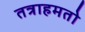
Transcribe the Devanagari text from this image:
तत्राहमतो